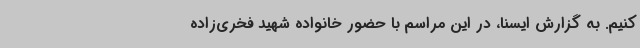
کنیم. به گزارش ایسنا، در این مراسم با حضور خانواده شهید فخری‌زاده